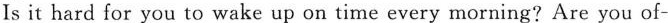
Is it hard for you to wake up on time every morning? Are you of-